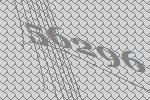
56296